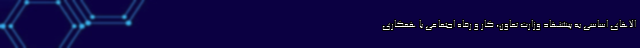
الاهای اساسی به پیشنهاد وزارت تعاون، کار و رفاه اجتماعی با همکاری